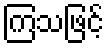
ကြသဖြင့်